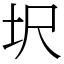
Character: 㘮